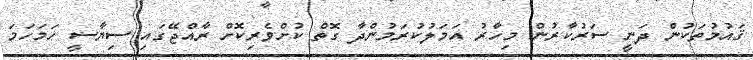
ޤައުމުތަކުން ދަނީ ސަރުކާރުން މިހާރު އަމަލުކުރަމުންދާ ގޮތް ކުށްވެރިކޮށް ރާއްޖޭގައި ސިޔާސީ ހަމަހަމަ